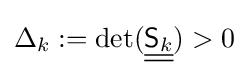
\Delta _{k}:=\det({\underline {\underline {{\mathsf {S}}_{k}}}})>0